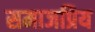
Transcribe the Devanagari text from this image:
समाजप्रिय